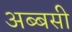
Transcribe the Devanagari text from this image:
अब्बसी